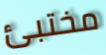
مختبئ